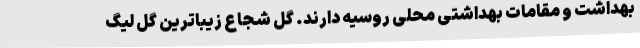
بهداشت و مقامات بهداشتی محلی روسیه دارند. گل شجاع زیباترین گل لیگ